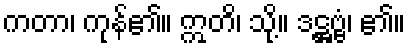
ကတာ၊ ကုန်၏။ ဣတိ၊ သို့။ ဒဋ္ဌဗ္ဗံ၊ ၏။